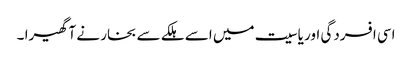
اسی افسردگی اور یاسیت میں اسے ہلکے سے بخار نے آ گھیرا ۔